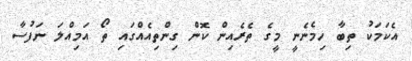
އެކަމަކު ތިބާ ހިމެނެނީ މީގެ ތެރެއިން ކޮން ގިންތިއެއްގައި ތޯ އަމިއްލަ ނަފުސާ